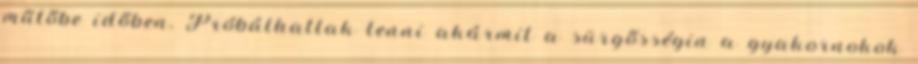
műtőbe időben. Próbálhattak tenni akármit a sürgősségin a gyakornokok